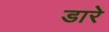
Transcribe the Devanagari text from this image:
डारे